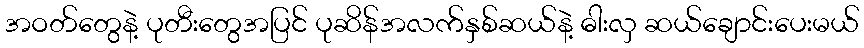
အဝတ်တွေနဲ့ ပုတီးတွေအပြင် ပုဆိန်အလက်နှစ်ဆယ်နဲ့ ဓါးလှ ဆယ်ချောင်းပေးမယ်